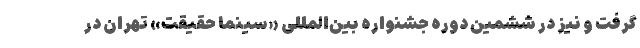
گرفت و نیز در ششمین دوره جشنواره بین‌المللی «سینما حقیقت» تهران در